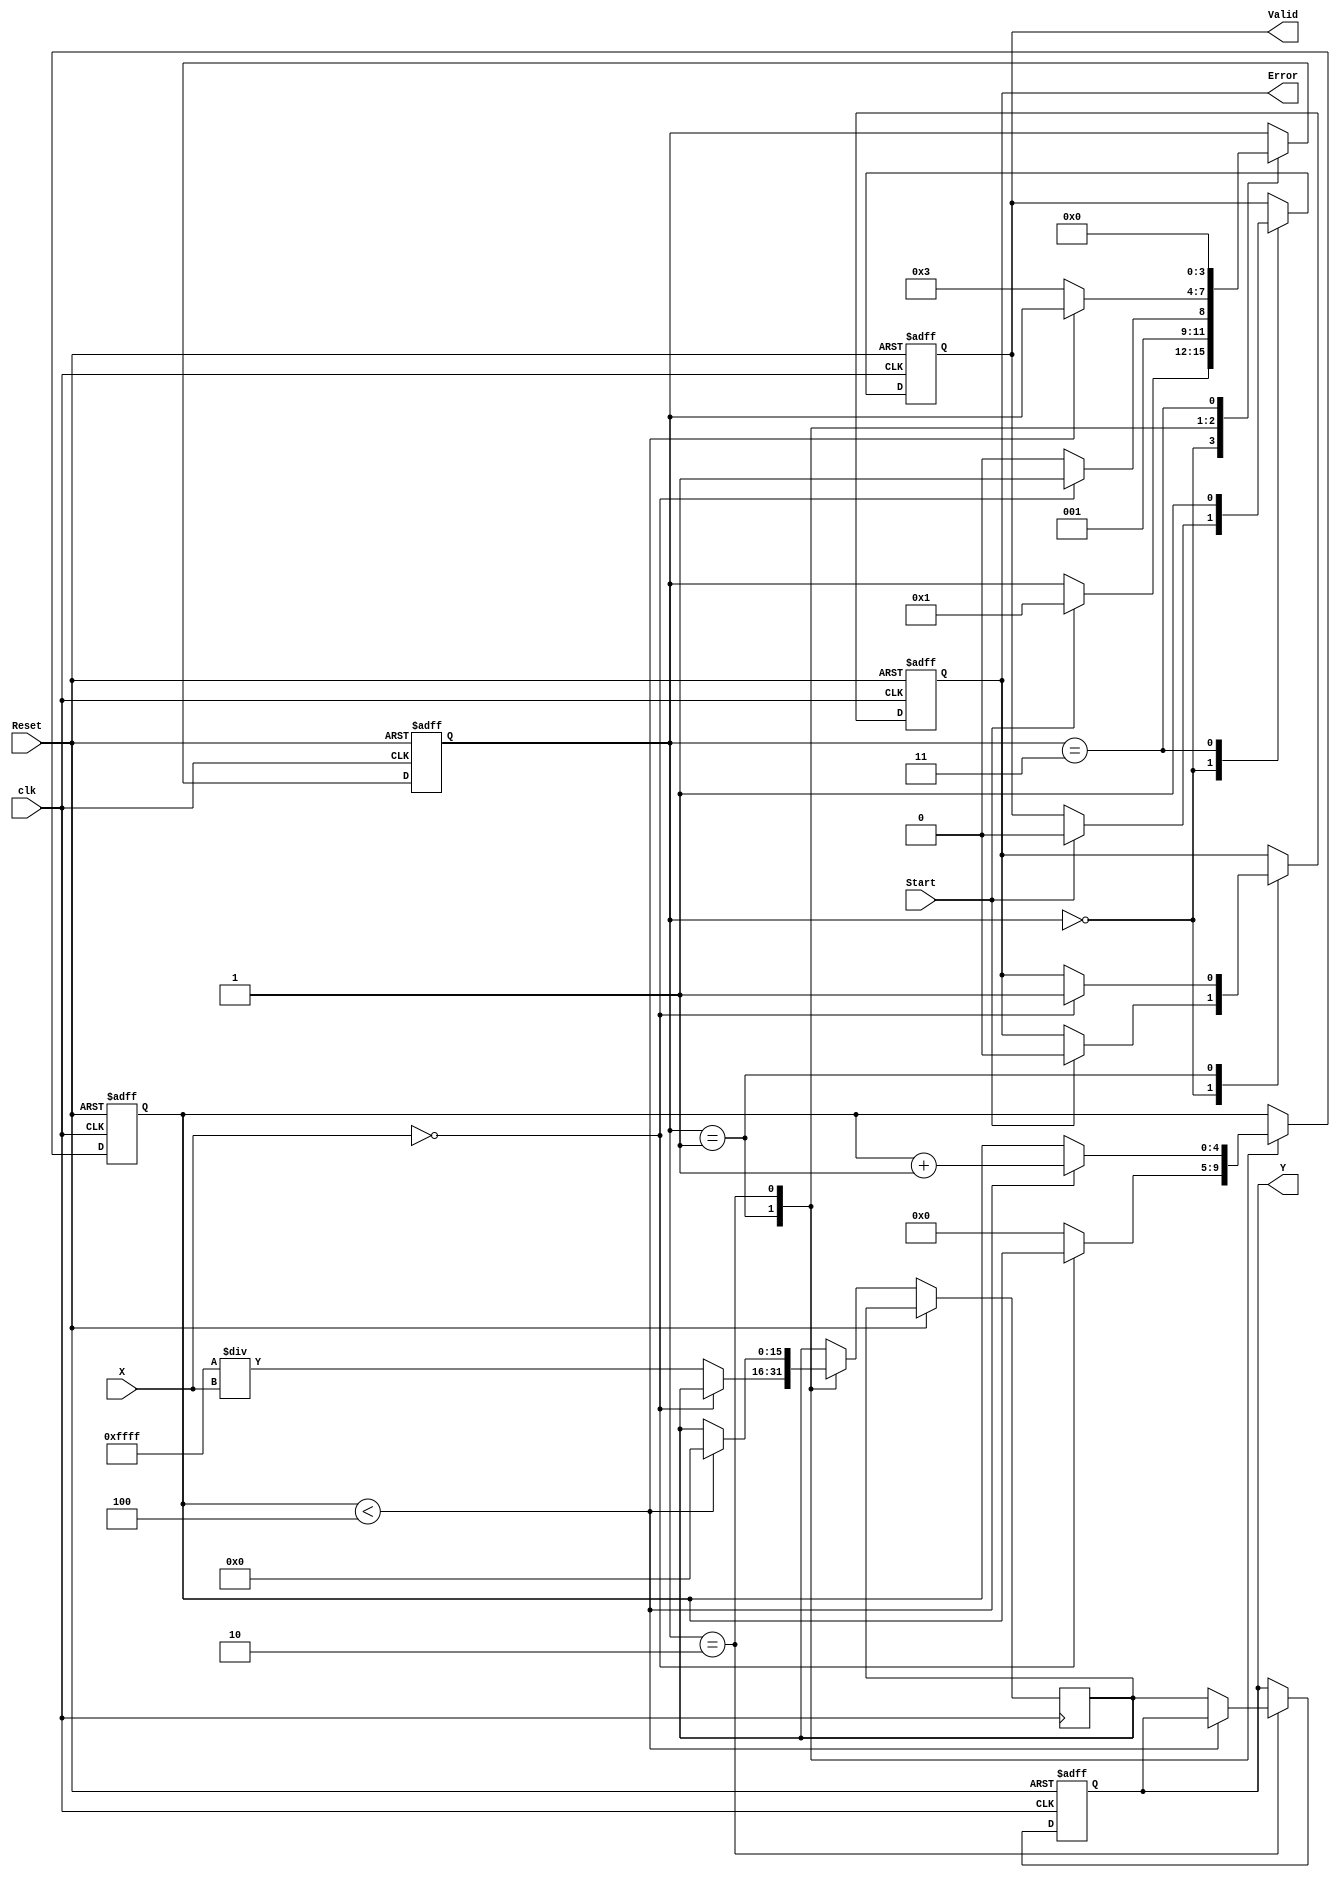
module DirectReciprocalUnit (
    input  wire [15:0] X,        // Input Data (16-bit fixed-point)
    input  wire Start,           // Start signal
    input  wire Reset,           // Reset signal
    input  wire clk,             // Clock signal
    output reg [15:0] Y,         // Reciprocal Result (16-bit fixed-point)
    output reg Valid,            // Valid signal
    output reg Error             // Error flag
);

    reg [15:0] inverse;          // Inverse approximation
    reg [3:0] state;             // State for FSM
    reg [4:0] iteration_count;    // Iteration counter for Newton-Raphson

    // State encoding
    localparam IDLE      = 4'd0;
    localparam CHECK     = 4'd1;
    localparam CALC      = 4'd2;
    localparam OUTPUT     = 4'd3;

    // Initial conditions
    initial begin
        Y = 16'b0;
        Valid = 1'b0;
        Error = 1'b0;
        state = IDLE;
        iteration_count = 5'b0;
    end

    // State machine for managing the calculation
    always @(posedge clk or posedge Reset) begin
        if (Reset) begin
            state <= IDLE;
            Y <= 16'b0;
            Valid <= 1'b0;
            Error <= 1'b0;
            iteration_count <= 5'b0;
        end else begin
            case (state)
                IDLE: begin
                    if (Start) begin
                        state <= CHECK;
                        Valid <= 1'b0;
                        Error <= 1'b0;
                    end
                end

                CHECK: begin
                    if (X == 16'b0) begin
                        Error <= 1'b1;  // Division by zero
                        state <= OUTPUT;
                    end else begin
                        // Initial approximation: 1 / X
                        inverse <= 16'hFFFF / X; // Simple initial guess
                        iteration_count <= 5'b0;
                        state <= CALC;
                    end
                end

                CALC: begin
                    if (iteration_count < 5'd4) begin  // 4 iterations for convergence
                        inverse <= inverse * (16'hFFFF - X * inverse) >> 16; 
                        iteration_count <= iteration_count + 1;
                    end else begin
                        Y <= inverse;
                        state <= OUTPUT;
                    end
                end

                OUTPUT: begin
                    Valid <= 1'b1;  // Output is valid
                    state <= IDLE;  // Go back to IDLE
                end
            endcase
        end
    end

endmodule